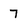
Character: 7